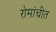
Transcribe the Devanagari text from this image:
रोमांचीत